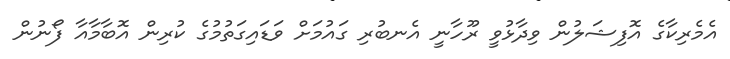
އެމެރިކާގެ އޮފިޝަލުން ވިދާޅުވީ ރޫހާނީ އެނބުރި ގައުމަށް ވަޑައިގަތުމުގެ ކުރިން އޮބާމާއާ ފޯނުން